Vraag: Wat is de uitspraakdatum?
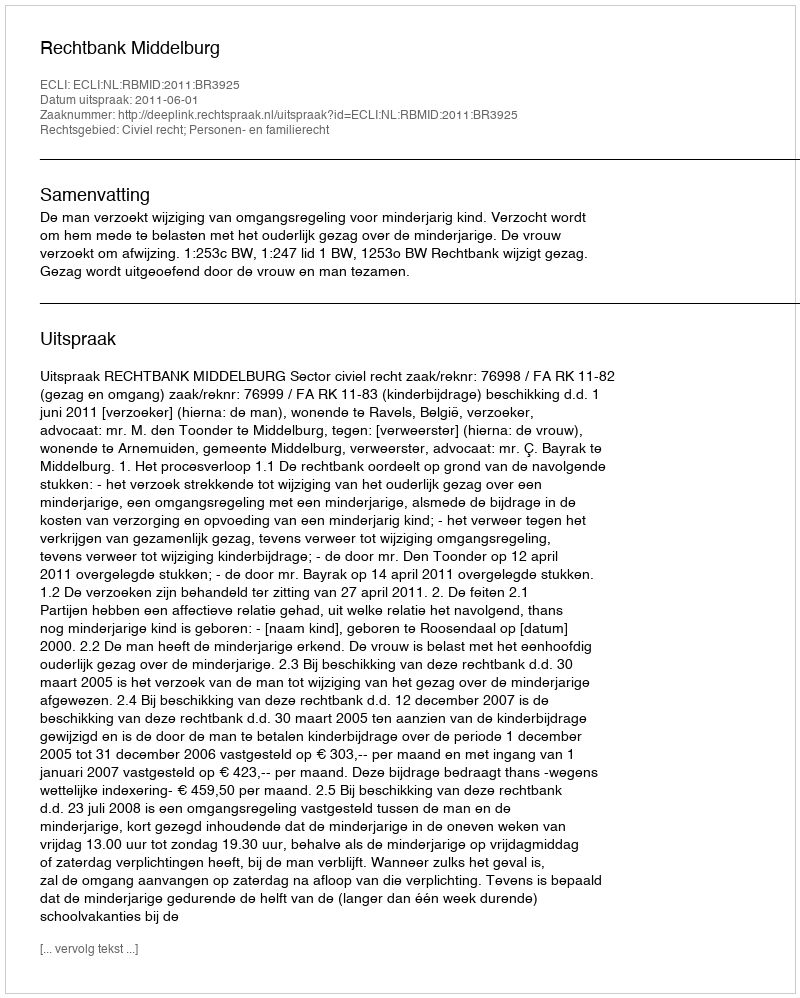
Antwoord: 2011-06-01